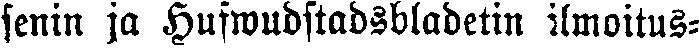
senin ja Hufwudstadsbladetin ilmoitus-